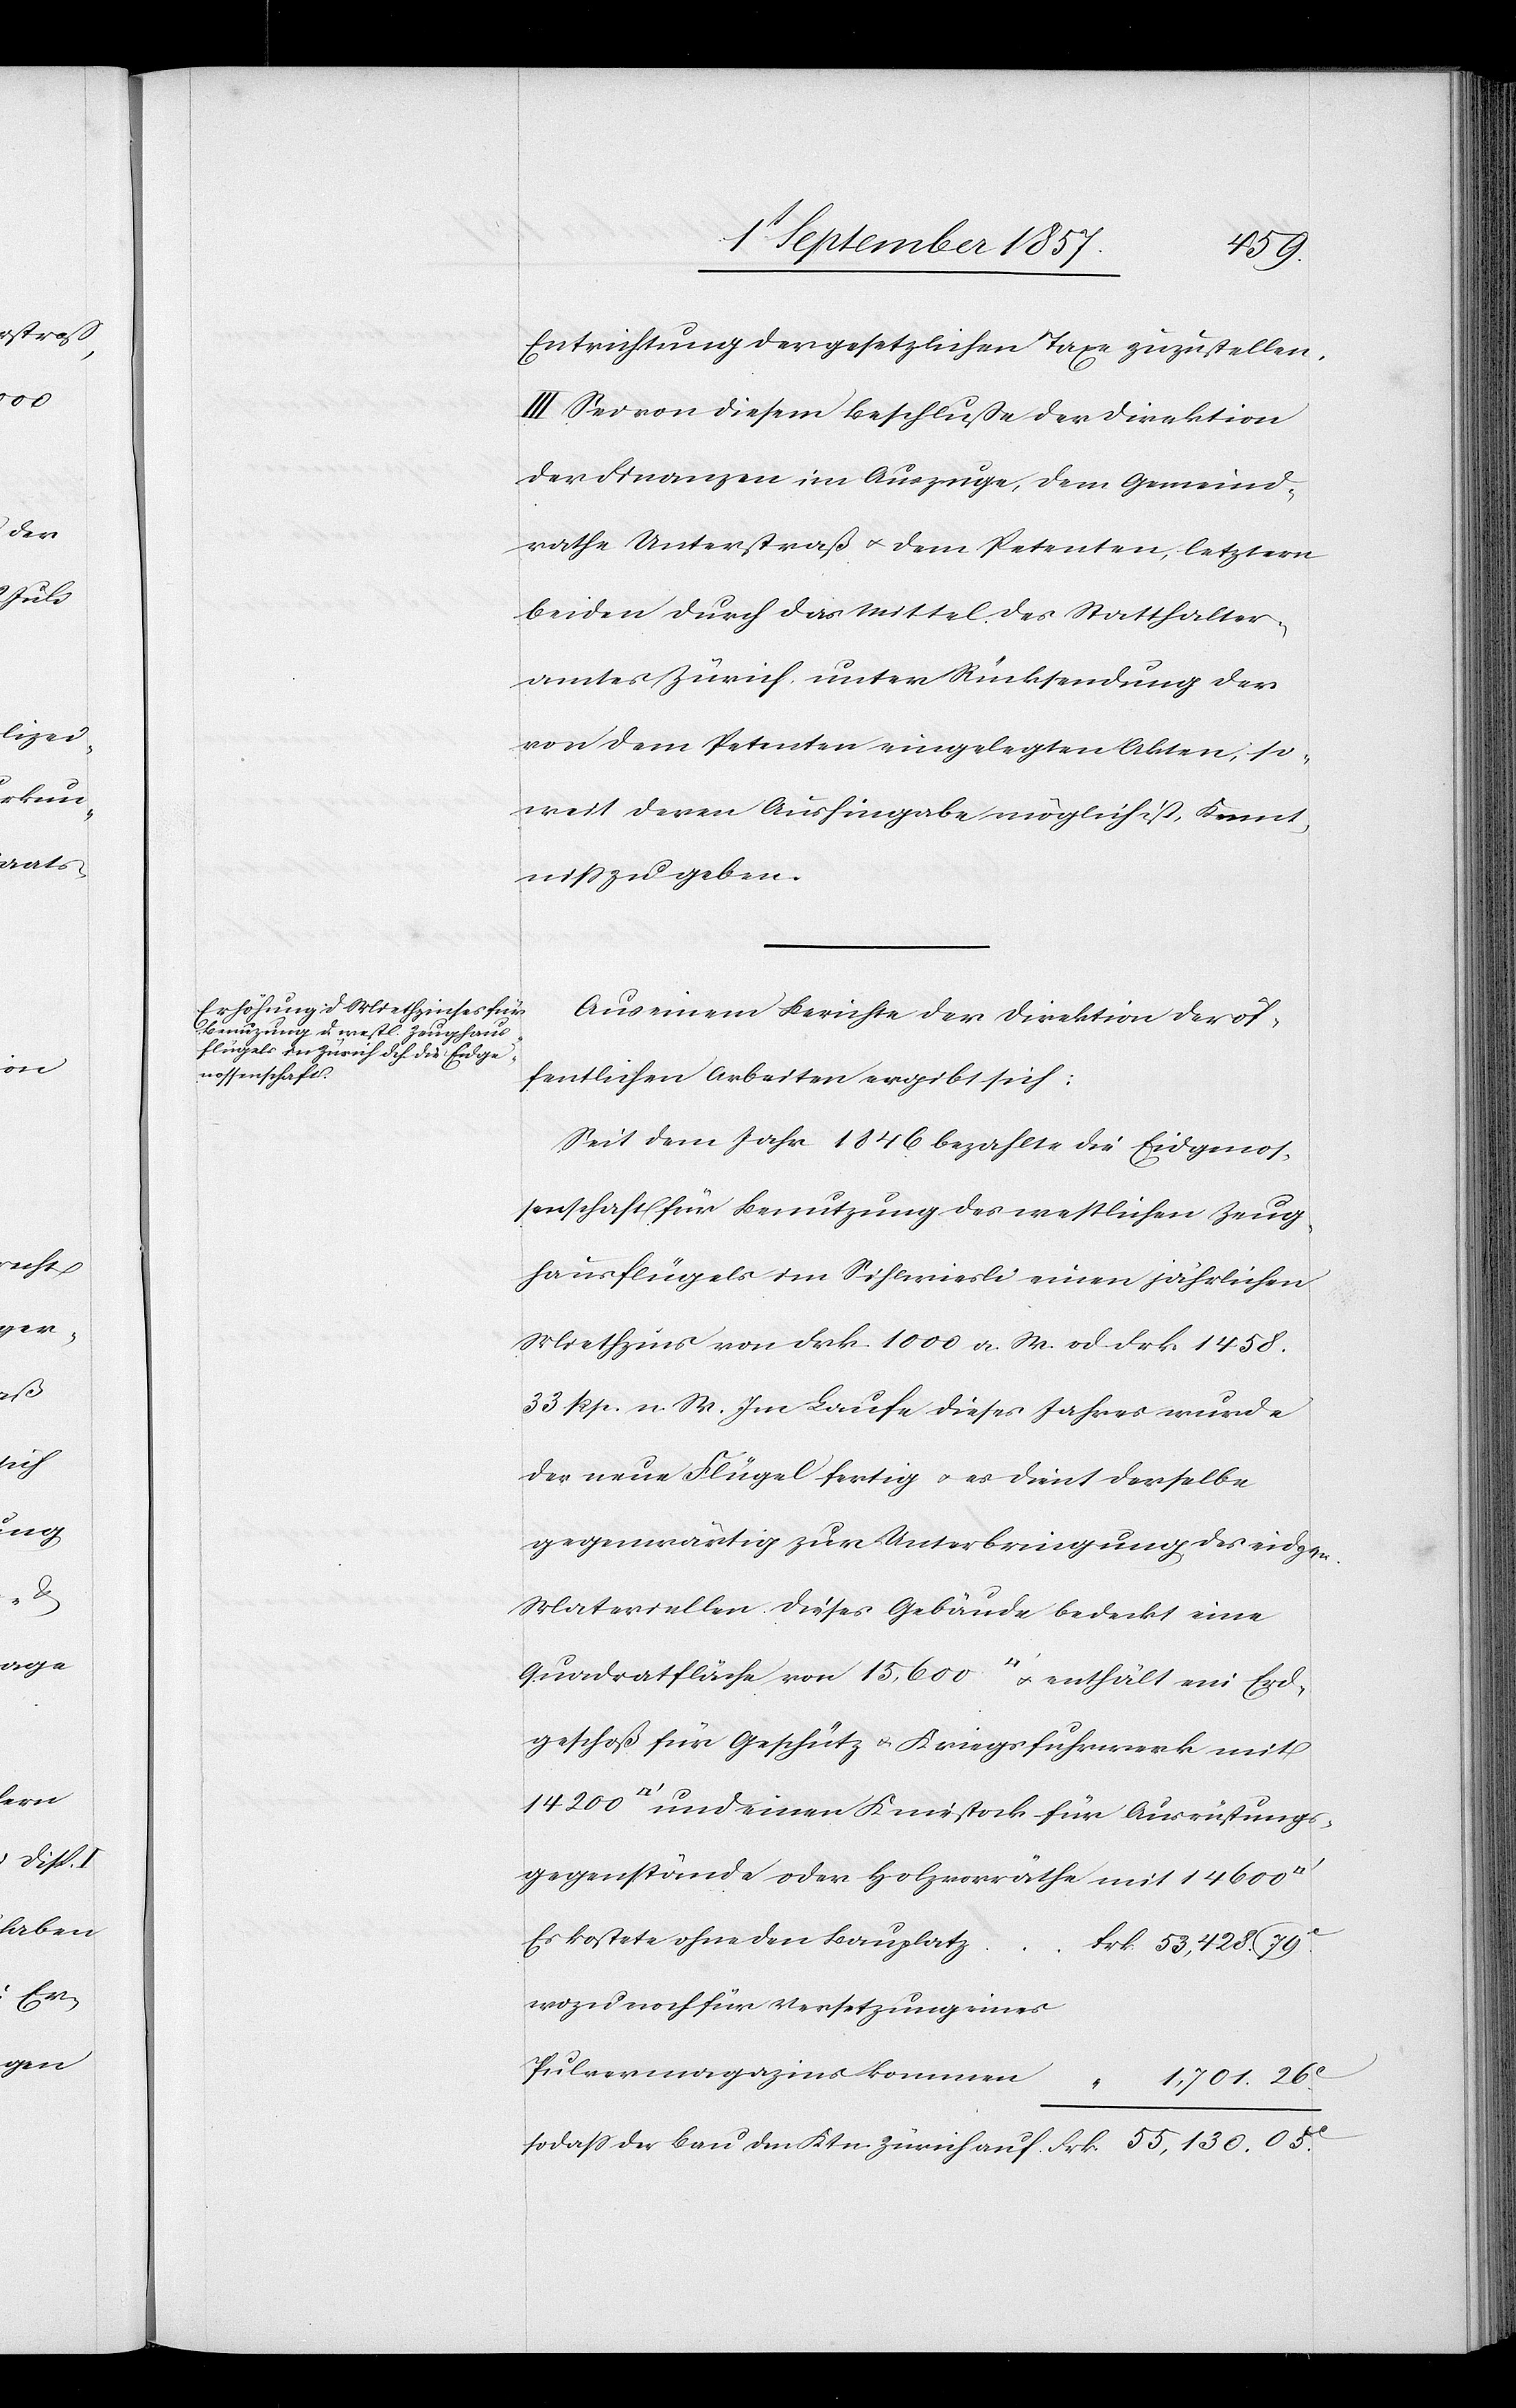
53,428.
Entrichtung der gesetzlichen Taxe zuzustellen.
III. Sei von diesem Beschlusse der Direktion
der Finanzen im Auszuge, dem Gemeind¬
rathe Unterstraß & dem Petenten, letztern
beiden durch das Mittel des Statthalter¬
amtes Zürich, unter Rücksendung der
von dem Petenten eingelegten, soweit deren
tniß zu geben.
Aus einem Berichte der Direktion der öf¬
fentlichen Arbeiten ergibt sich:
Seit dem Jahr 1846 bezahlt die Eidgenos¬
senschaft für Benutzung des westlichen Zeug¬
hausflügels im Sihlwiesli einen jährlichen
Miethzins von Frk. 1000 a. W. od. Frk. 1458.
33 Rp. n. W. Im Laufe dieses Jahres wurde
der neue Flügel fertig & es dient derselbe
gegenwärtig zur Unterbringung des eidge¬
Materiellen dieses Gebäude bedeckt eine
Quadratfläche von 15,600 [Quadratfuß] & enthält im Erd¬
geschoß für Geschütz & Kriegsfuhrwerk mit
[Quadratfuß] und eine Kniestock für Ausrüstungs¬
gegenstände oder Holzgeräthe mit 14 600
wozu noch für Versetzung eines
Puvlermagazins kommen			“
1,701. 26c
so daß der Bau den Ktn. Zürich auf 						Frk. 55,130. 05c